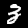
Label: 3